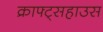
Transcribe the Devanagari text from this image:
क्राफ्ट्सहाउस